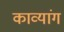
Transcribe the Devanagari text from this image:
काव्यांग